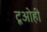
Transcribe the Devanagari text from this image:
टूओही